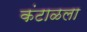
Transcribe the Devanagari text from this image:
कंटाळला